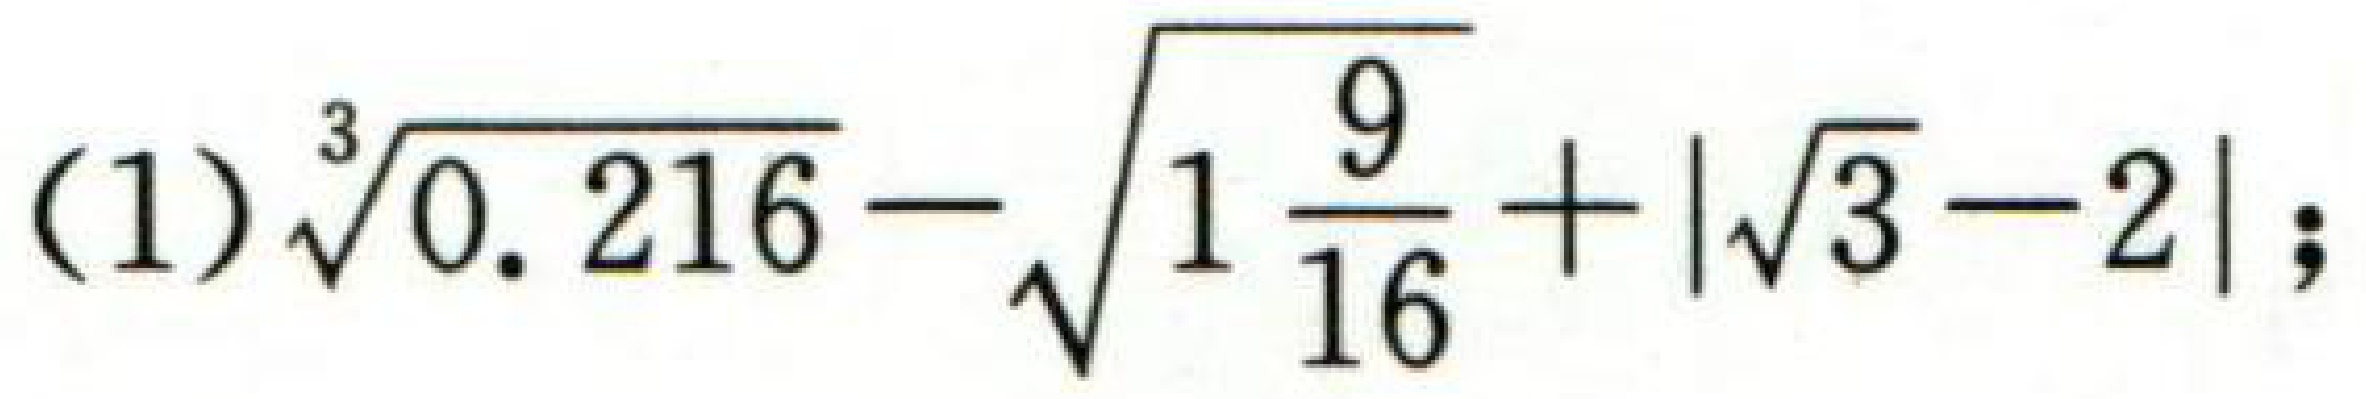
(1)$\sqrt[3]{0.216}-\sqrt{1\frac{9}{16}}+|\sqrt{3}-2|$；